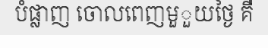
បំផ្លាញ ចោលពេញមួួយថ្ងៃ គឺ